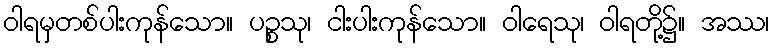
ဝါရမှတစ်ပါးကုန်သော။ ပဉ္စသု၊ ငါးပါးကုန်သော။ ဝါရေသု၊ ဝါရတို့၌။ အဿ၊